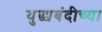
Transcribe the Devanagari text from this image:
युद्ध्यबंदीच्या